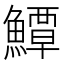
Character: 鱏